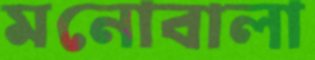
মনোবালা